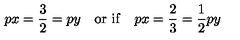
p x = \frac { 3 } { 2 } = p y \quad \mathrm { o r \ i f } \quad p x = \frac { 2 } { 3 } = \frac { 1 } { 2 } p y